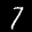
Label: 7